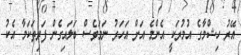
އޭރު ހިޝްމާގެ އުމުރަކީ އެންމެ އަށް އަހަރު ނަމަވެސް ބަލައިގެން ފަރިތަކަމާ އެކު